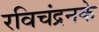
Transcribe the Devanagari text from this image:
रविचंद्रनके